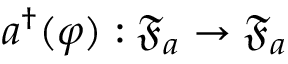
a ^ { \dag } ( \varphi ) : \mathfrak { F } _ { a } \to \mathfrak { F } _ { a }